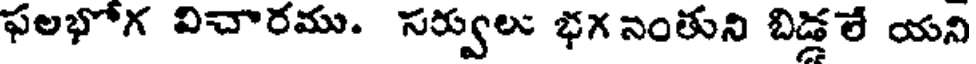
ఫలభోగ విచారము. సర్వులు భగ నంతుని బిడ్డలే యని